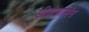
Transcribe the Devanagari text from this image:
डीप्रोग्रामिंग